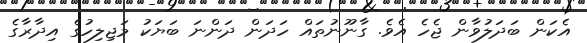
އެކަން ބަދަލުވާން ޖެހެ އެވެ. ގާނޫނުތައް ހަދަން ދަންނަ ބަޔަކު މަޖިލިހުގެ އިދާރާގެ